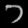
Digit: ၁